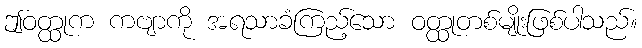
ဤဝတ္ထုက ကဗျာကို အရသာခံကြည့်သော ဝတ္ထုတစ်မျိုးဖြစ်ပါသည်။